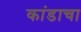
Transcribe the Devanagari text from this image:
कांडाचा